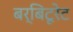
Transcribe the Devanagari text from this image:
बर्बिटूरेट